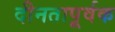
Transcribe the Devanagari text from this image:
दीनतापूर्वक